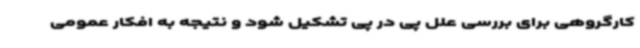
کارگروهی برای بررسی علل پی در پی تشکیل شود و نتیجه به افکار عمومی